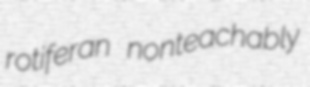
rotiferan nonteachably